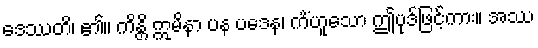
ဒေဿတိ၊ ၏။ ကိန္တိ ဣမိနာ ပန ပဒေန၊ ကိံဟူသော ဤပုဒ်ဖြင့်ကား။ အဿ